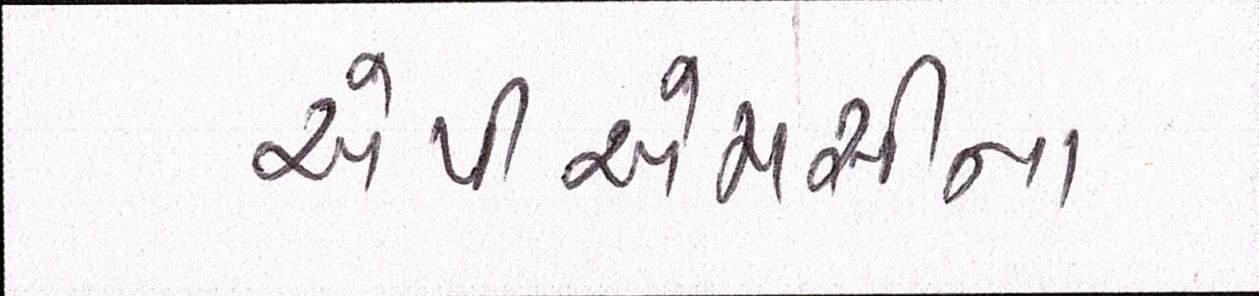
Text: એપીએમસીના